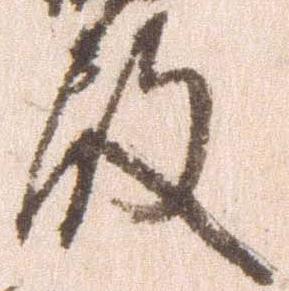
殿